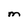
Character: M